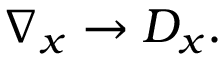
\nabla _ { x } \rightarrow D _ { x } .